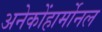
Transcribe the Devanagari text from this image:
अनेकोंहार्मोनल